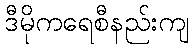
ဒီမိုကရေစီနည်းကျ